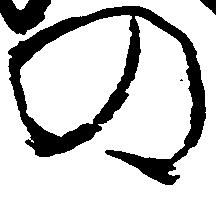
の